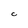
Character: C